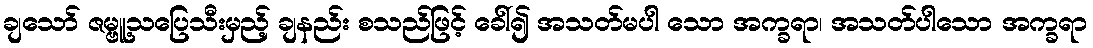
ချသော် ဇမ္ဗူ့သပြေသီးမှည့် ချနည်း စသည်ဖြင့် ခေါ်၍ အသတ်မပါ သော အက္ခရာ၊ အသတ်ပါသော အက္ခရာ